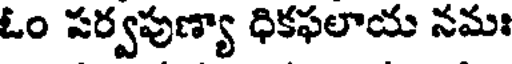
ఓం సర్వపుణ్యా ధికఫలాయ నమః